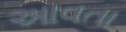
અાવતા